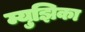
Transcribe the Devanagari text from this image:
म्युझिका